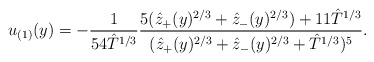
\begin{align*}u_{(1)}(y) =-\frac{1}{54\hat{T}^{1/3}} \frac{5(\hat{z}_{+}(y)^{2/3}+\hat{z}_{-}(y)^{2/3})+11\hat{T}^{1/3}} {(\hat{z}_{+}(y)^{2/3}+\hat{z}_{-}(y)^{2/3}+\hat{T}^{1/3})^5}.\end{align*}